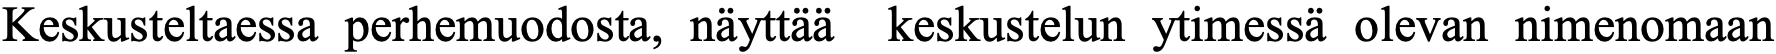
Keskusteltaessa perhemuodosta, näyttää keskustelun ytimessä olevan nimenomaan